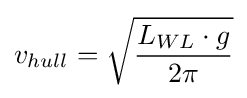
v_{hull}={\sqrt {L_{WL}\cdot g \over 2\pi }}